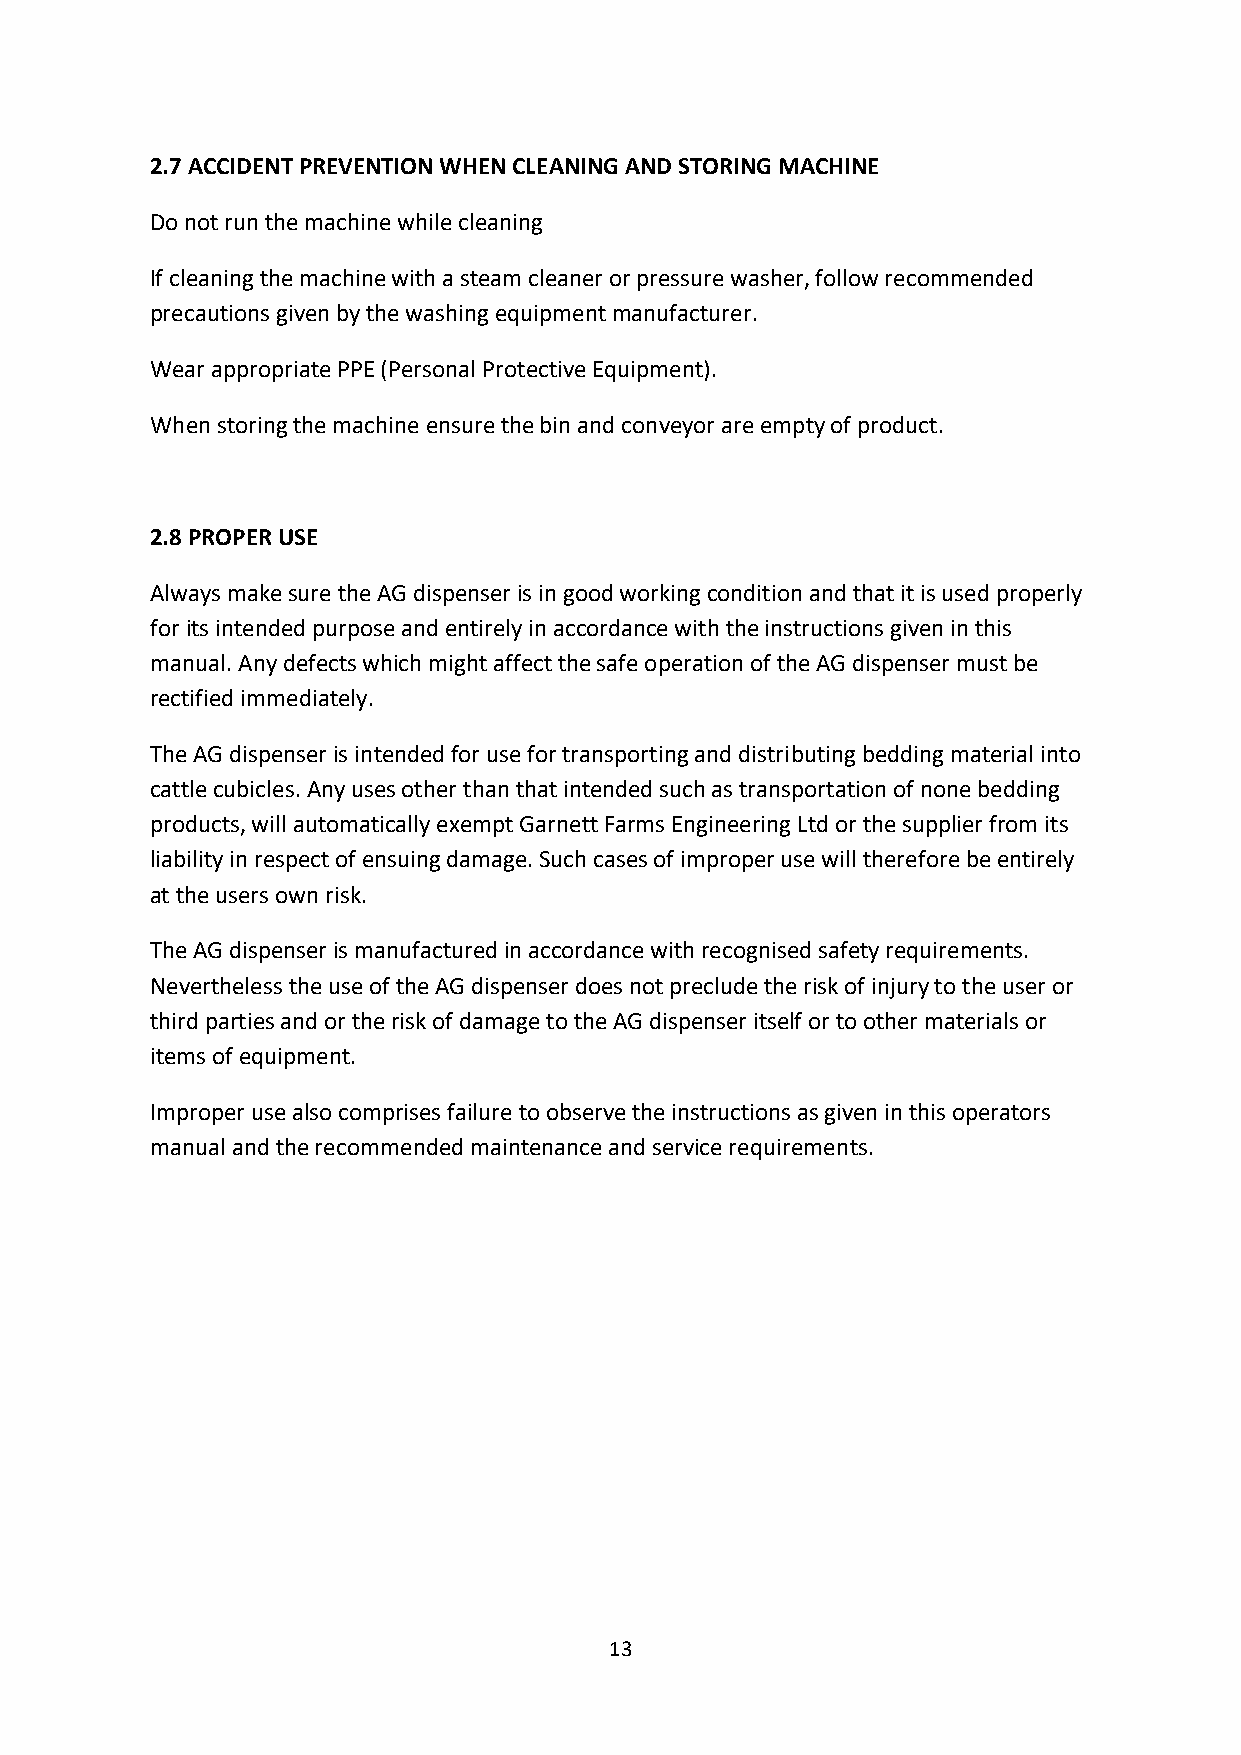
2.7 ACCIDENT PREVENTION WHEN CLEANING AND STORING MACHINE
 Do not run the machine while cleaning
 If cleaning the machine with a steam cleaner or pressure washer, follow recommended
 precautions given by the washing equipment manufacturer.
 Wear appropriate PPE (Personal Protective Equipment).
 When storing the machine ensure the bin and conveyor are empty of product.
 2.8 PROPER USE
 Always make sure the AG dispenser is in good working condition and that it is used properly
 for its intended purpose and entirely in accordance with the instructions given in this
 manual. Any defects which might affect the safe operation of the AG dispenser must be
 rectified immediately.
 The AG dispenser is intended for use for transporting and distributing bedding material into
 cattle cubicles. Any uses other than that intended such as transportation of none bedding
 products, will automatically exempt Garnett Farms Engineering Ltd or the supplier from its
 liability in respect of ensuing damage. Such cases of improper use will therefore be entirely
 at the users own risk.
 The AG dispenser is manufactured in accordance with recognised safety requirements.
 Nevertheless the use of the AG dispenser does not preclude the risk of injury to the user or
 third parties and or the risk of damage to the AG dispenser itself or to other materials or
 items of equipment.
 Improper use also comprises failure to observe the instructions as given in this operators
 manual and the recommended maintenance and service requirements.
 13